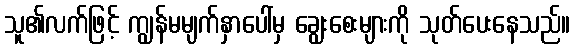
သူ၏လက်ဖြင့် ကျွန်မမျက်နှာပေါ်မှ ချွေးစေးများကို သုတ်ပေးနေသည်။